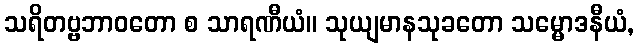
သရိတဗ္ဗဘာဝတော စ သာရဏီယံ။ သုယျမာနသုခတော သမ္မောဒနီယံ,